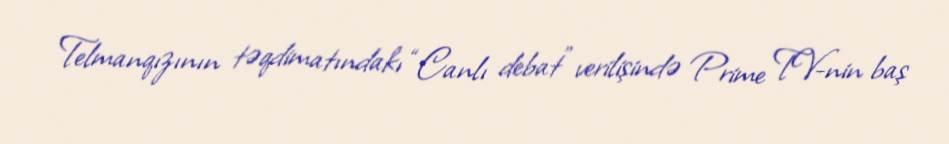
Telmanqızının təqdimatındakı “Canlı debat” verilişində Prime TV-nin baş